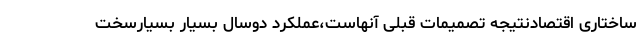
ساختاری اقتصادنتیجه تصمیمات قبلی آنهاست،عملکرد دوسال بسیار بسیارسخت